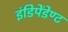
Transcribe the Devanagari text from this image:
इंडिपेंडेण्ट